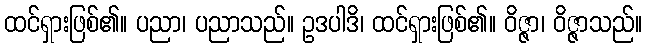
ထင်ရှားဖြစ်၏။ ပညာ၊ ပညာသည်။ ဥဒပါဒိ၊ ထင်ရှားဖြစ်၏။ ဝိဇ္ဇာ၊ ဝိဇ္ဇာသည်။